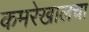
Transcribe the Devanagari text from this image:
कमरेखालचा